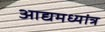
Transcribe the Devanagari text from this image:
आद्यमध्यांत्र